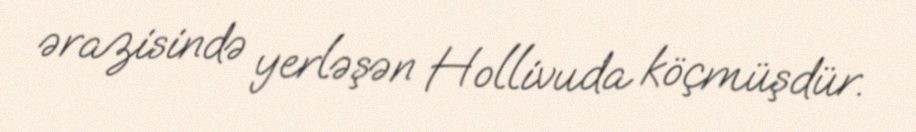
ərazisində yerləşən Hollivuda köçmüşdür.